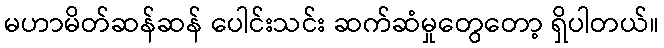
မဟာမိတ်ဆန်ဆန် ပေါင်းသင်း ဆက်ဆံမှုတွေတော့ ရှိပါတယ်။